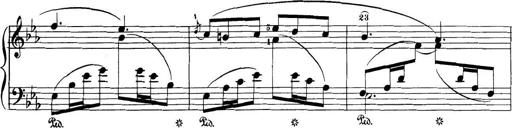
Title: 32 Sonatinas and Rondos for the Piano
Composer: Richard Kleinmichel